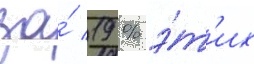
за́ 19 % э́т'их